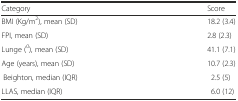
<table><thead><tr><td><b>Category</b></td><td><b>Score</b></td></tr></thead><tbody><tr><td>BMI (Kg/m<sup>2</sup>), mean (SD)</td><td>18.2 (3.4)</td></tr><tr><td>FPI, mean (SD)</td><td>2.8 (2.3)</td></tr><tr><td>Lunge (<sup>0</sup>), mean (SD)</td><td>41.1 (7.1)</td></tr><tr><td>Age (years), mean (SD)</td><td>10.7 (2.3)</td></tr><tr><td>Beighton, median (IQR)</td><td>2.5 (5)</td></tr><tr><td>LLAS, median (IQR)</td><td>6.0 (12)</td></tr></tbody></table>